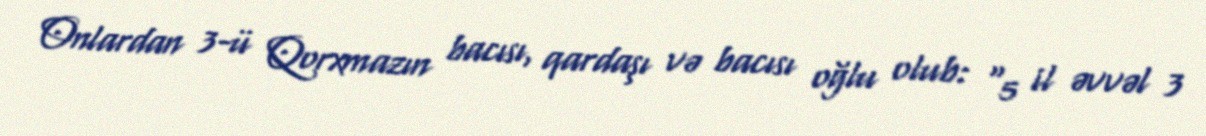
Onlardan 3-ü Qorxmazın bacısı, qardaşı və bacısı oğlu olub: “5 il əvvəl 3